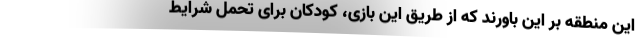
این منطقه بر این باورند که از طریق این بازی، کودکان برای تحمل شرایط